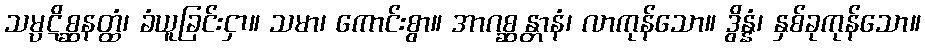
သမ္ပဋိစ္ဆနတ္ထံ၊ ခံယူခြင်းငှာ။ သမာ၊ ကောင်းစွာ။ အာဂစ္ဆန္တာနံ၊ လာကုန်သော။ ဒွိန္နံ၊ နှစ်ခုကုန်သော။